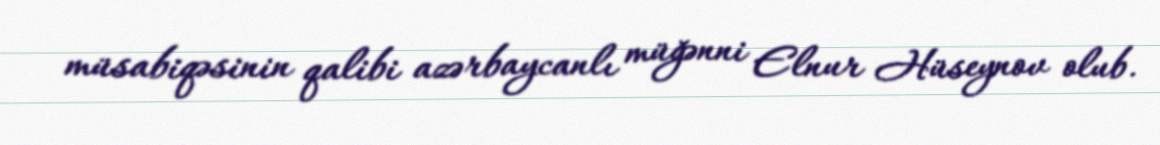
müsabiqəsinin qalibi azərbaycanlı müğənni Elnur Hüseynov olub.